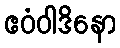
ဧဝံဝါဒိနော